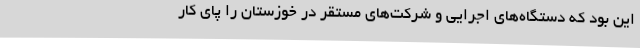
این بود که دستگاه‌های اجرایی و شرکت‌های مستقر در خوزستان را پای کار